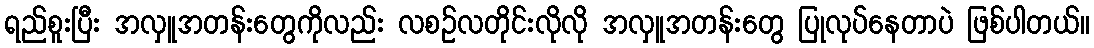
ရည်စူးပြီး အလှူအတန်းတွေကိုလည်း လစဉ်လတိုင်းလိုလို အလှူအတန်းတွေ ပြုလုပ်နေတာပဲ ဖြစ်ပါတယ်။